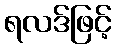
ရလဒ်ဖြင့်